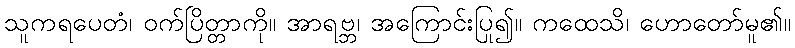
သူကရပေတံ၊ ဝက်ပြိတ္တာကို။ အာရဗ္ဘ၊ အကြောင်းပြု၍။ ကထေသိ၊ ဟောတော်မူ၏။